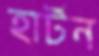
হার্টন